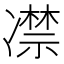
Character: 凚